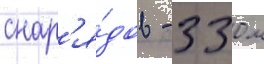
снар'я́дов - 330 м